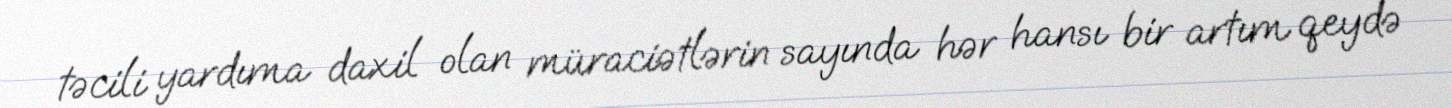
təcili yardıma daxil olan müraciətlərin sayında hər hansı bir artım qeydə